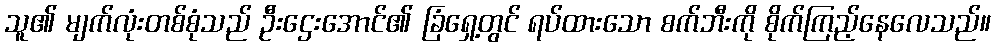
သူ၏ မျက်လုံးတစ်စုံသည် ဦးဌေးအောင်၏ ခြံရှေ့တွင် ရပ်ထားသော စက်ဘီးကို စိုက်ကြည့်နေလေသည်။